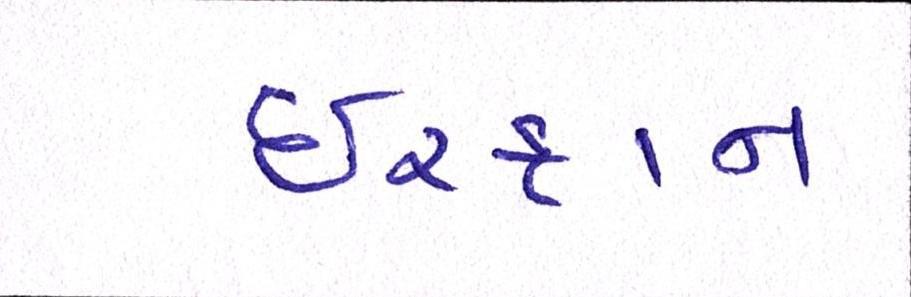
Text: ઈરફાન